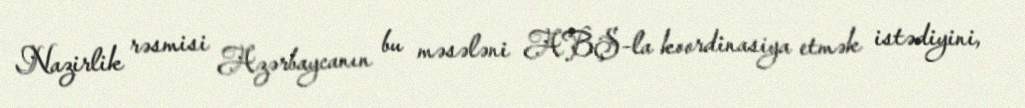
Nazirlik rəsmisi Azərbaycanın bu məsələni ABŞ-la koordinasiya etmək istədiyini,